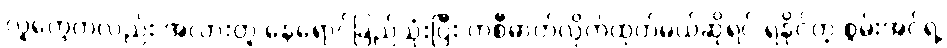
လူတွေကလည်း အလားတူ နေရောင်ခြည်သုံးပြီး ကစီဓာတ်လိုက်ထုတ်မယ်ဆိုရင် ရနိုင်တဲ့ စွမ်းအင်ရဲ့